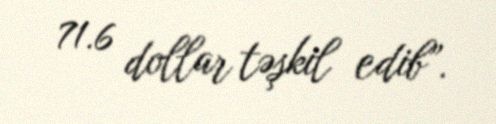
71.6 dollar təşkil edib”.